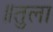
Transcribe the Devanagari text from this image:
॥तुला